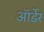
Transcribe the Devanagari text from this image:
ऑर्डेर